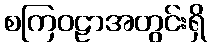
စကြဝဠာအတွင်းရှိ